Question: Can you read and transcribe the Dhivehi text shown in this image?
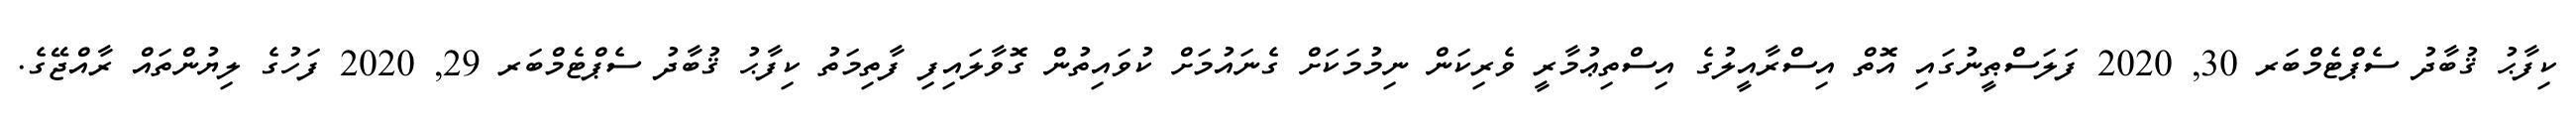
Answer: ކިފާޙު ޤުބާދު ސެޕްޓެމްބަރ 30, 2020 ފަލަސްޠީނުގައި އޮތް އިސްރާއީލުގެ އިސްތިޢުމާރީ ވެރިކަން ނިމުމަކަށް ގެނައުމަށް ކުވައިތުން ގޮވާލައިފި ފާތިމަތު ކިފާޙު ޤުބާދު ސެޕްޓެމްބަރ 29, 2020 ފަހުގެ ލިޔުންތައް ރާއްޖޭގެ.